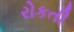
રોકતી